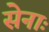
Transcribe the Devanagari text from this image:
सेनाः